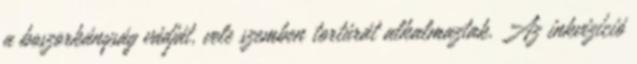
a boszorkányság vádját, vele szemben tortúrát alkalmaztak. Az inkvizíció